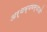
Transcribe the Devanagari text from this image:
अर्थव्यवस्थाओ